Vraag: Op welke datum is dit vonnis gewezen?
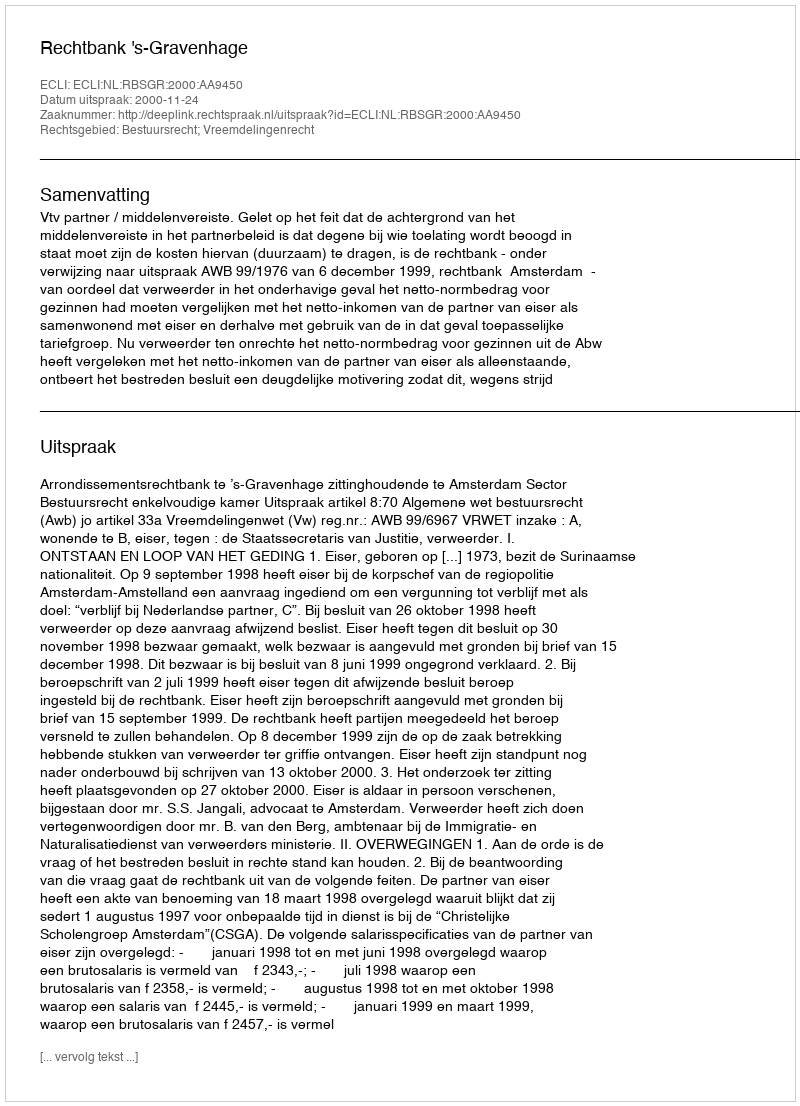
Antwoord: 2000-11-24